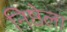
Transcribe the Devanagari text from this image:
निष्ठेला